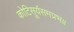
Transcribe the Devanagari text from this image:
कोटिसूर्यसमप्रभ॥